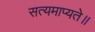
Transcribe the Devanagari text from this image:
सत्यमाप्यते॥